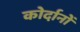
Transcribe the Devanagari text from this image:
कोर्दानों